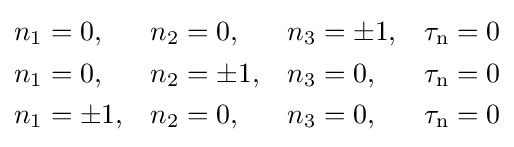
{\begin{aligned}n_{1}&=0,&n_{2}&=0,&n_{3}&=\pm 1,&\tau _{\text{n}}&=0\\n_{1}&=0,&n_{2}&=\pm 1,&n_{3}&=0,&\tau _{\text{n}}&=0\\n_{1}&=\pm 1,&n_{2}&=0,&n_{3}&=0,&\tau _{\text{n}}&=0\end{aligned}}